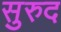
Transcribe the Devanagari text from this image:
सुरुद